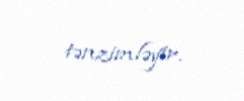
tənzimləyir.